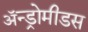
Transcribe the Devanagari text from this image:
ॲन्ड्रोमीडस